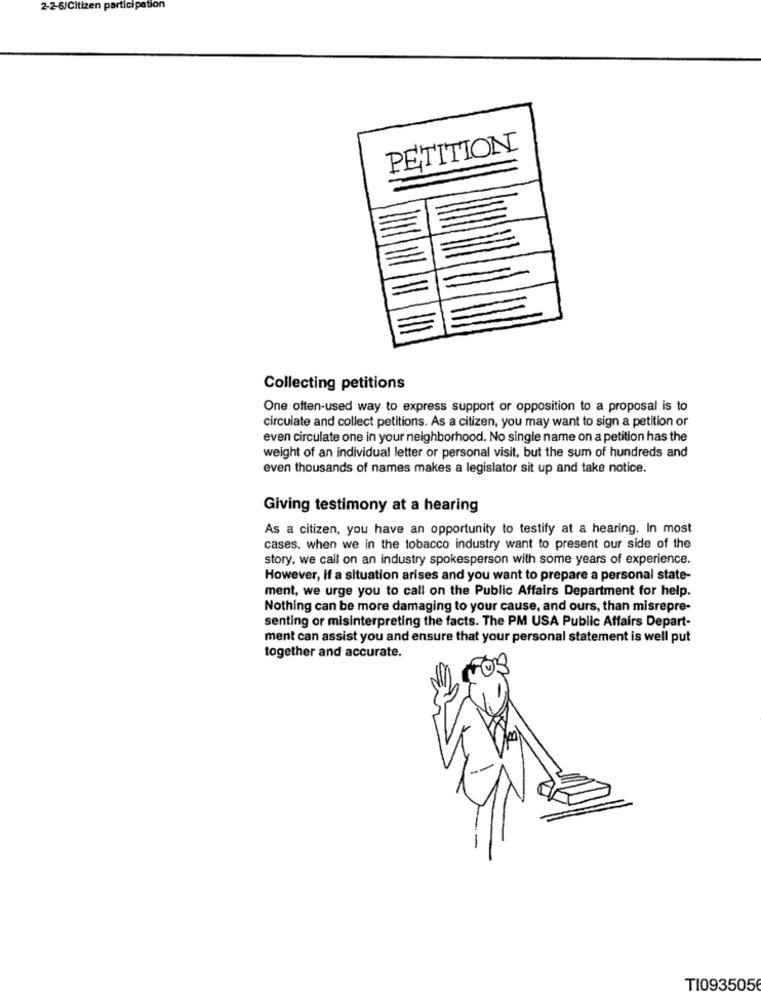
2-2-6/Citizen participation
PETITION
Collecting petitions
One often-used way to express support or opposition to a proposal is to
circulate and collect petitions. As a citizen, you may want to sign a petition or
even circulate one in your neighborhood. No single name on a petition has the
weight of an individual letter or personal visit, but the sum of hundreds and
even thousands of names makes a legislator sit up and take notice.
Giving testimony at a hearing
As a citizen, you have an opportunity to testify at a hearing. In most
cases. when we in the tobacco industry want to present our side of the
story, we call on an industry spokesperson with some years of experience.
However, if a situation arises and you want to prepare a personal state-
ment, we urge you to call on the Public Affairs Department for help.
Nothing can be more damaging to your cause, and ours, than misrepre-
senting or misinterpreting the facts. The PM USA Public Affairs Depart-
ment can assist you and ensure that your personal statement is well put
together and accurate.
TI093505